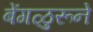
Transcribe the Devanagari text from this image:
बेंगळुरूने